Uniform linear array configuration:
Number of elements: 32
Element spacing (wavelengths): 0.25
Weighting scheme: blackman
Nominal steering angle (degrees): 15
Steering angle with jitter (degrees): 14.689
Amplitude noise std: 0.05
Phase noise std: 0.05

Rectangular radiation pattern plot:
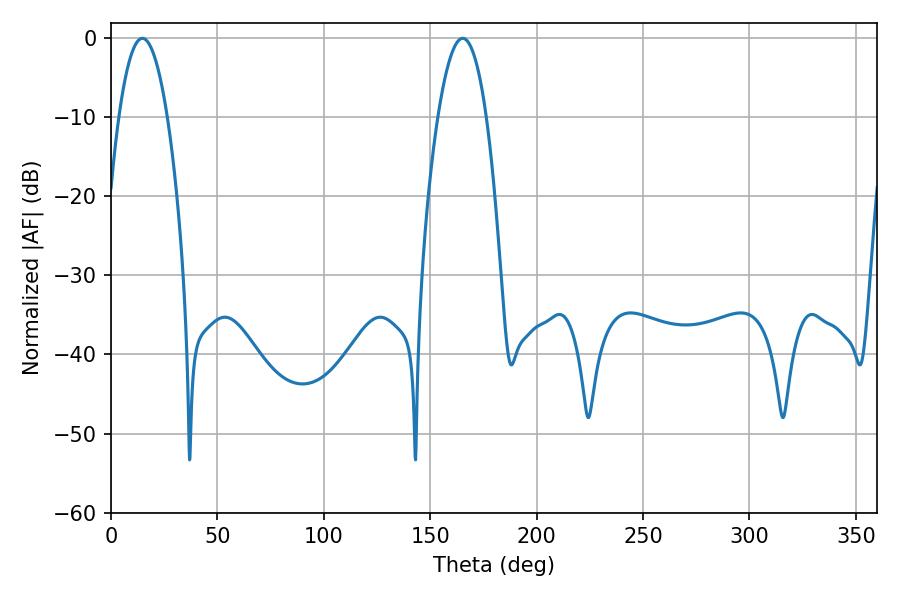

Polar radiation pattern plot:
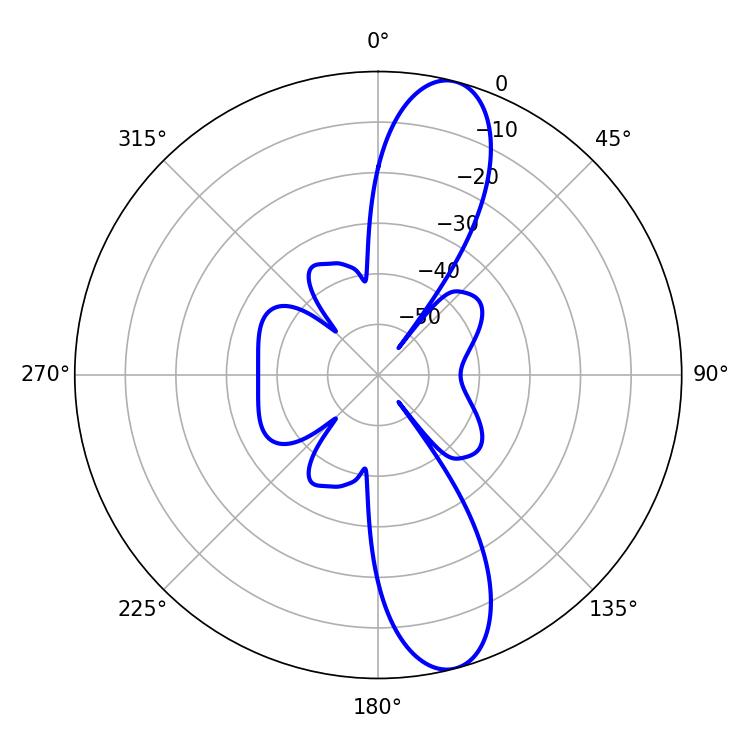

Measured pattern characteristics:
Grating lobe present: FALSE
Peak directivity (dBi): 12.212
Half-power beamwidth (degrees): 12.42
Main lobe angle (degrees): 14.76